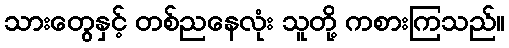
သားတွေနှင့် တစ်ညနေလုံး သူတို့ ကစားကြသည်။